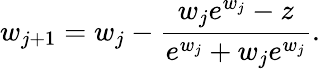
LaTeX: w_{j+1}=w_{j}-{\frac{w_{j}e^{w_{j}}-z}{e^{w_{j}}+w_{j}e^{w_{j}}}}.